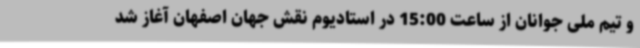
و تیم ملی جوانان از ساعت 15:00 در استادیوم نقش جهان اصفهان آغاز شد